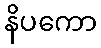
နိပကော